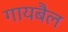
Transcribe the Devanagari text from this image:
गायबैल